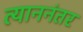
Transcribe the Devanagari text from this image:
त्याननंतर